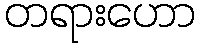
တရားဟော